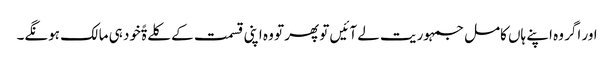
اور اگر وہ اپنے ہاں کامل جمہوریت لے آئیں تو پھر تو وہ اپنی قسمت کے کلےۃًخود ہی مالک ہونگے۔